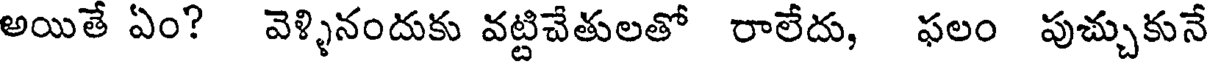
అయితే ఏం? వెళ్ళినందుకు వట్టిచేతులతో రాలేదు, ఫలం పుచ్చుకునే